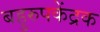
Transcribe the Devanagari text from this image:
बहुरुपकेंद्रक